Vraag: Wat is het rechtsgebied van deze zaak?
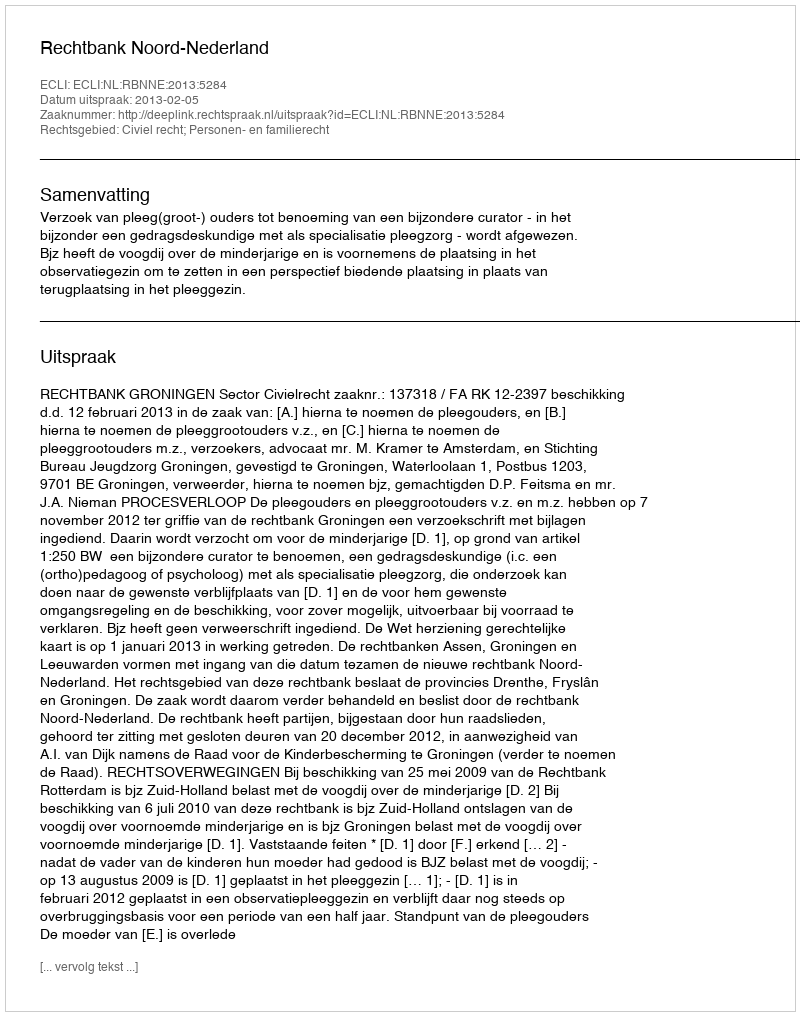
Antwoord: Civiel recht; Personen- en familierecht